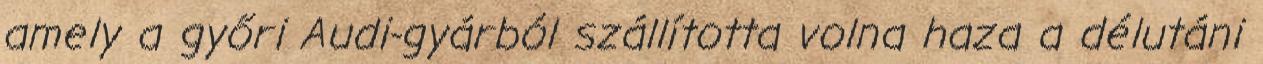
amely a győri Audi-gyárból szállította volna haza a délutáni